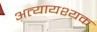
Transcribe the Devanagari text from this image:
अत्यायश्यक